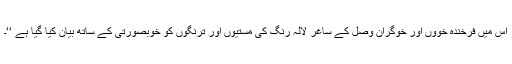
اس میں فرخندہ خووں اور خوگرانِ وصل کے ساغر لالہ رنگ کی مستیوں اور ترنگوں کو خوبصورتی کے ساتھ بیان کیا گیا ہے ‘‘۔